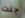
جنت